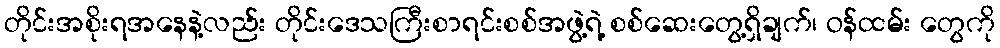
တိုင်းအစိုးရအနေနဲ့လည်း တိုင်းဒေသကြီးစာရင်းစစ်အဖွဲ့ရဲ့ စစ်ဆေးတွေ့ရှိချက်၊ ဝန်ထမ်း တွေကို